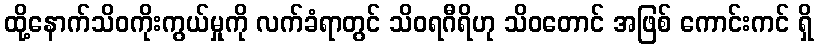
ထို့နောက်သိဝကိုးကွယ်မှုကို လက်ခံရာတွင် သိဝရဂီရိဟု သိဝတောင် အဖြစ် ကောင်းကင် ရှိ